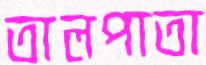
তালপাতা